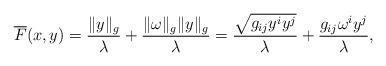
LaTeX: \begin{align*}\overline{F}(x,y)=\frac{\|y\|_g}{\lambda}+\frac{\|\omega\|_g\|y\|_g}{\lambda}=\frac{\sqrt{g_{ij}y^i y^j}}{\lambda}+ \frac{g_{ij}\omega^i y^j}{\lambda},\end{align*}